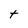
Character: t